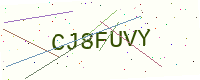
Text: CJ8FUVY